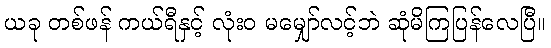
ယခု တစ်ဖန် ကယ်ရီနှင့် လုံးဝ မမျှော်လင့်ဘဲ ဆုံမိကြပြန်လေပြီ။